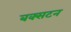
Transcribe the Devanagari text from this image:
बक्सटन